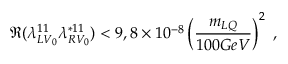
\Re ( \lambda _ { L V _ { 0 } } ^ { 1 1 } \lambda _ { R V _ { 0 } } ^ { * 1 1 } ) < 9 , 8 \times 1 0 ^ { - 8 } \left( \frac { m _ { L Q } } { 1 0 0 G e V } \right) ^ { 2 } \; ,